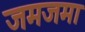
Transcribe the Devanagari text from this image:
जमजमा